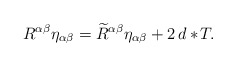
\begin{align*}R^{\alpha\beta}\eta_{\alpha\beta} = \widetilde{R}^{\alpha\beta} \eta_{\alpha\beta} + 2\,d\ast\! T.\end{align*}